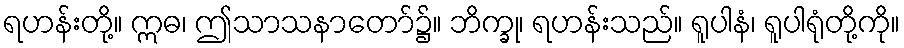
ရဟန်းတို့။ ဣဓ၊ ဤသာသနာတော်၌။ ဘိက္ခု၊ ရဟန်းသည်။ ရူပါနံ၊ ရူပါရုံတို့ကို။